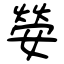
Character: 嫈